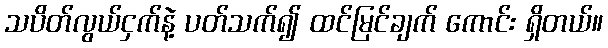
သပိတ်လွယ်ငှက်နဲ့ ပတ်သက်၍ ထင်မြင်ချက် ကောင်း ရှိတယ်။